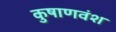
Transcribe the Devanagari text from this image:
कुषाणवंश